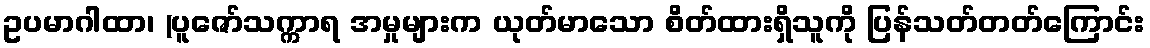
ဥပမာဂါထာ၊ (ပူဇော်သက္ကာရ အမှုများက ယုတ်မာသော စိတ်ထားရှိသူကို ပြန်သတ်တတ်ကြောင်း